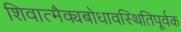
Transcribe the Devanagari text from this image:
शिवात्मैक्यबोधावस्थितिपूर्वक